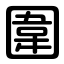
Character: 圍